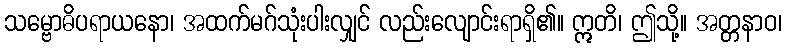
သမ္ဗောဓိပရာယနော၊ အထက်မဂ်သုံးပါးလျှင် လည်းလျောင်းရာရှိ၏။ ဣတိ၊ ဤသို့။ အတ္တနာဝ၊